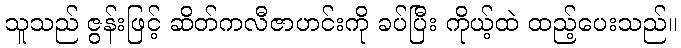
သူသည် ဇွန်းဖြင့် ဆိတ်ကလီဇာဟင်းကို ခပ်ပြီး ကိုယ့်ထဲ ထည့်ပေးသည်။